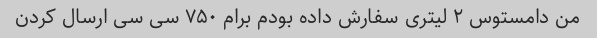
من دامستوس ۲ لیتری سفارش داده بودم برام ۷۵۰ سی سی ارسال کردن